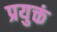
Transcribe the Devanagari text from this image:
प्रयुक्तं